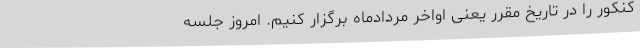
کنکور را در تاریخ مقرر یعنی اواخر مردادماه برگزار کنیم. امروز جلسه